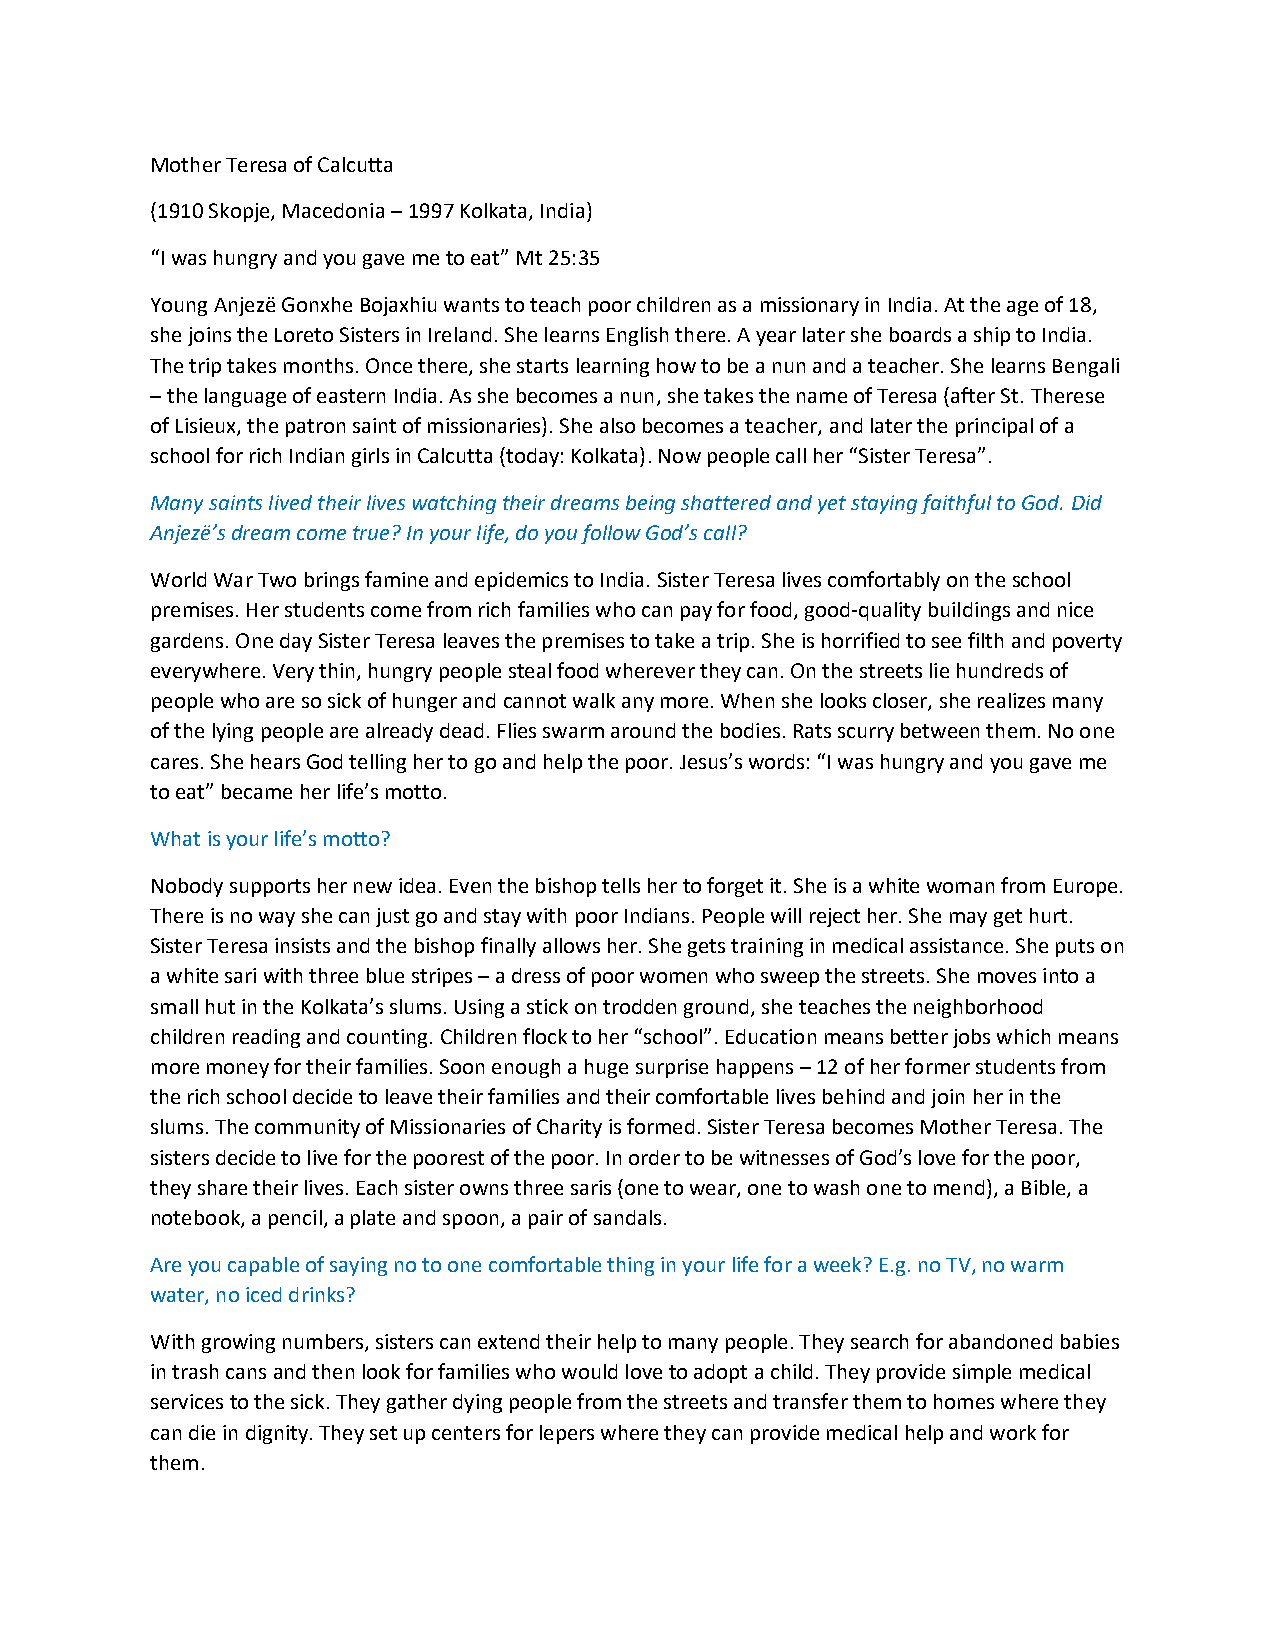
Mother Teresa of Calcutta
 (1910 Skopje, Macedonia – 1997 Kolkata, India)
 “I was hungry and you gave me to eat” Mt 25:35
 Young Anjezë Gonxhe Bojaxhiu wants to teach poor children as a missionary in India. At the age of 18,
 she joins the Loreto Sisters in Ireland. She learns English there. A year later she boards a ship to India.
 The trip takes months. Once there, she starts learning how to be a nun and a teacher. She learns Bengali
 – the language of eastern India. As she becomes a nun, she takes the name of Teresa (after St. Therese
 of Lisieux, the patron saint of missionaries). She also becomes a teacher, and later the principal of a
 school for rich Indian girls in Calcutta (today: Kolkata). Now people call her “Sister Teresa”.
 Many saints lived their lives watching their dreams being shattered and yet staying faithful to God. Did
 Anjezë’s dream come true? In your life, do you follow God’s call?
 World War Two brings famine and epidemics to India. Sister Teresa lives comfortably on the school
 premises. Her students come from rich families who can pay for food, good-quality buildings and nice
 gardens. One day Sister Teresa leaves the premises to take a trip. She is horrified to see filth and poverty
 everywhere. Very thin, hungry people steal food wherever they can. On the streets lie hundreds of
 people who are so sick of hunger and cannot walk any more. When she looks closer, she realizes many
 of the lying people are already dead. Flies swarm around the bodies. Rats scurry between them. No one
 cares. She hears God telling her to go and help the poor. Jesus’s words: “I was hungry and you gave me
 to eat” became her life’s motto.
 What is your life’s motto?
 Nobody supports her new idea. Even the bishop tells her to forget it. She is a white woman from Europe.
 There is no way she can just go and stay with poor Indians. People will reject her. She may get hurt.
 Sister Teresa insists and the bishop finally allows her. She gets training in medical assistance. She puts on
 a white sari with three blue stripes – a dress of poor women who sweep the streets. She moves into a
 small hut in the Kolkata’s slums. Using a stick on trodden ground, she teaches the neighborhood
 children reading and counting. Children flock to her “school”. Education means better jobs which means
 more money for their families. Soon enough a huge surprise happens – 12 of her former students from
 the rich school decide to leave their families and their comfortable lives behind and join her in the
 slums. The community of Missionaries of Charity is formed. Sister Teresa becomes Mother Teresa. The
 sisters decide to live for the poorest of the poor. In order to be witnesses of God’s love for the poor,
 they share their lives. Each sister owns three saris (one to wear, one to wash one to mend), a Bible, a
 notebook, a pencil, a plate and spoon, a pair of sandals.
 Are you capable of saying no to one comfortable thing in your life for a week? E.g. no TV, no warm
 water, no iced drinks?
 With growing numbers, sisters can extend their help to many people. They search for abandoned babies
 in trash cans and then look for families who would love to adopt a child. They provide simple medical
 services to the sick. They gather dying people from the streets and transfer them to homes where they
 can die in dignity. They set up centers for lepers where they can provide medical help and work for
 them.